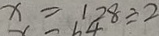
x = 1 2 8 \div 2